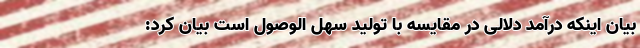
بیان اینکه درآمد دلالی در مقایسه با تولید سهل الوصول است بیان کرد: